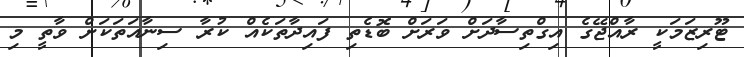
ޓޫރިޒަމަކީ ރާއްޖޭގެ އިގްތިސާދަށް ވަރަށް ބޮޑެތި ފައިދާތަކެއް ކުރާ ސިނާއަތަކަށް ވާތީ މި